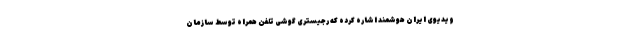
ویدیوی ایران هوشمند اشاره کرده که رجیستری گوشی تلفن همراه توسط سازمان